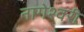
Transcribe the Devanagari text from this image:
नागेश्वरी